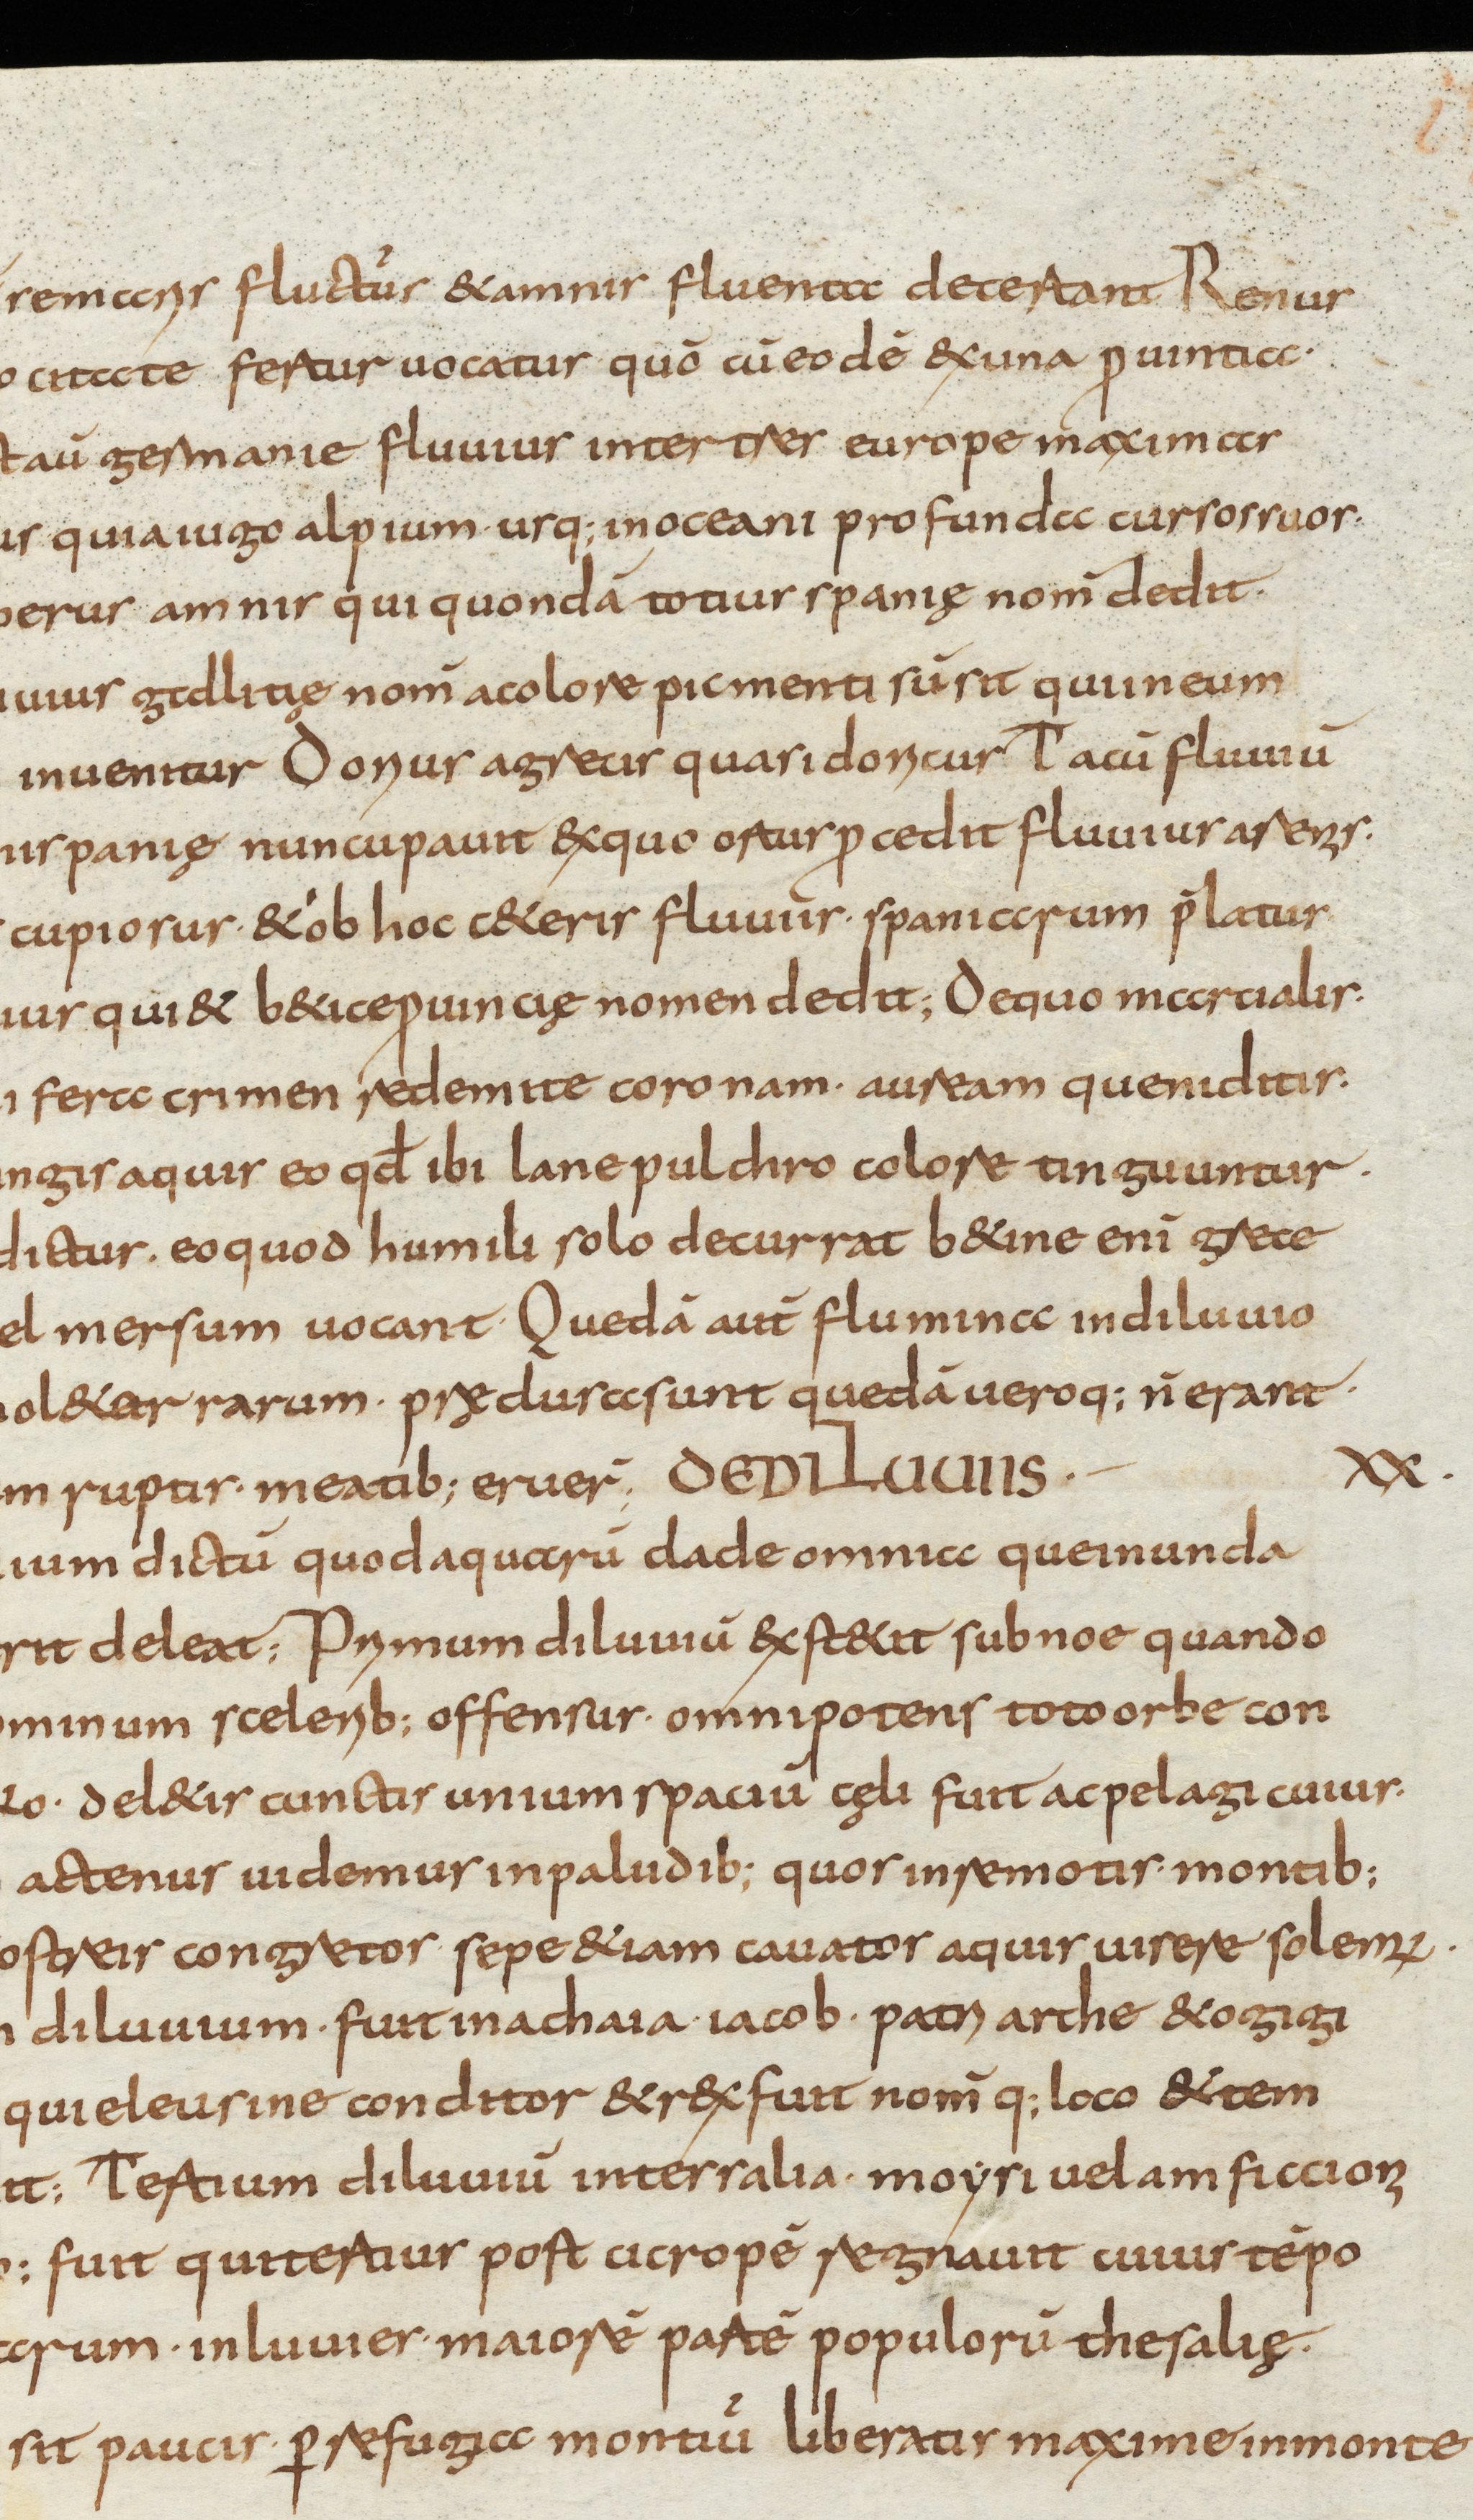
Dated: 800–830